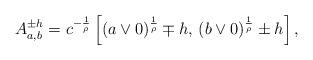
LaTeX: \begin{align*} A^{\pm h}_{a,b} = c^{-\frac{1}{\rho}}\left[(a\vee0)^\frac{1}{\rho}\mp h,\, (b\vee0)^\frac{1}{\rho}\pm h\right],\end{align*}